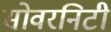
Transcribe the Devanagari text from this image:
सोवरनिटी